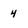
Character: 4